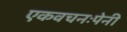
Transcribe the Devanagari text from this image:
एकवचनःपेनी